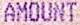
AMOUNT